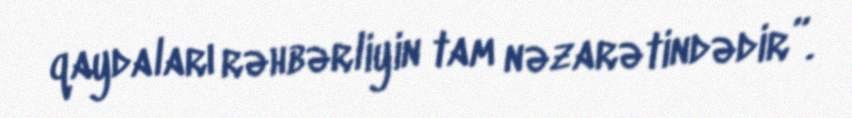
qaydaları rəhbərliyin tam nəzarətindədir”.